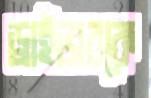
ড্রাইভারকে